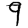
Digit: 9